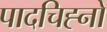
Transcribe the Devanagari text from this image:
पादचिह्नों